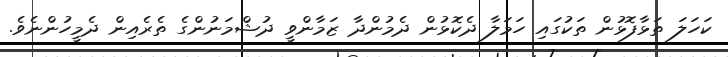
ކަހަލަ ތަޅާފޮޅުން ތަކުގައި ހަމަލާ ދެކޮޅުން ދެމުންދާ ޒަމާންވީ ދުޝްމަނުންގެ ތެރެއިން ދެމީހުންނެވެ.